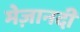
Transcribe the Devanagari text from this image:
मेज़ानदी